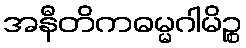
အနီတိကဓမ္မဂါမိဉ္စ